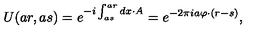
U ( a r , a s ) = e ^ { - i \int _ { a s } ^ { a r } d x \cdot A } = e ^ { - 2 \pi i a \varphi \cdot ( r - s ) } ,